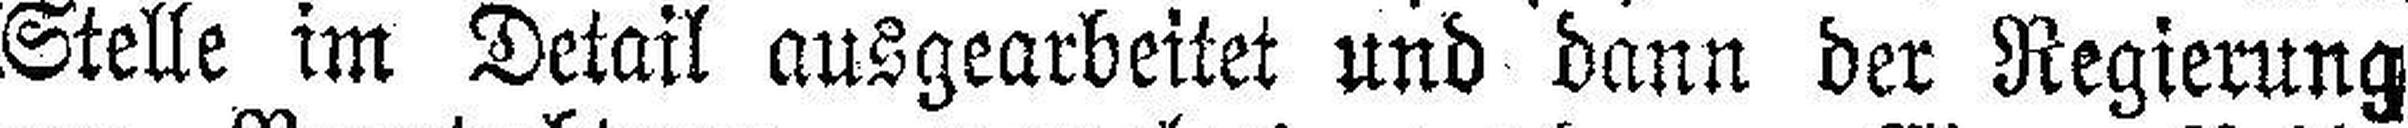
Stelle im Detail ausgearbeitet und dann der Regierung